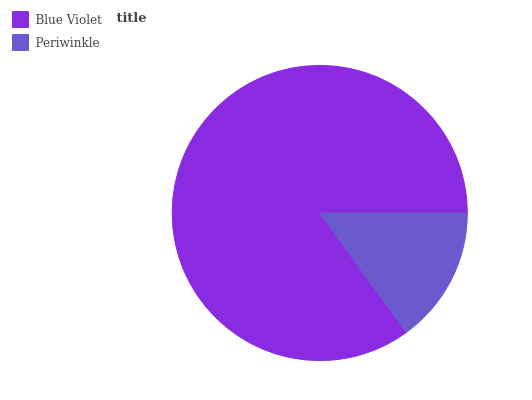
| Blue Violet | Periwinkle |
 | --- | --- |
 | 85% | 15% |